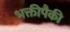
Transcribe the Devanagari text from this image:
भक्तीपैकी